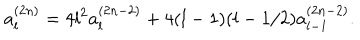
LaTeX: a _ { l } ^ { ( 2 n ) } = 4 l ^ { 2 } a _ { l } ^ { ( 2 n - 2 ) } + 4 ( l - 1 ) ( l - 1 / 2 ) a _ { l - 1 } ^ { ( 2 n - 2 ) } .